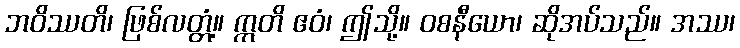
ဘဝိဿတိ၊ ဖြစ်လတ္တံ့။ ဣတိ ဧဝံ၊ ဤသို့။ ဝစနီယော၊ ဆိုအပ်သည်။ အဿ၊